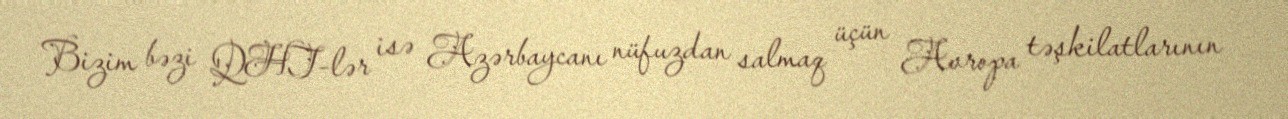
Bizim bəzi QHT-lər isə Azərbaycanı nüfuzdan salmaq üçün Avropa təşkilatlarının